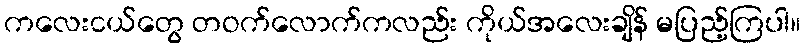
ကလေးငယ်တွေ တဝက်လောက်ကလည်း ကိုယ်အလေးချိန် မပြည့်ကြပါ။